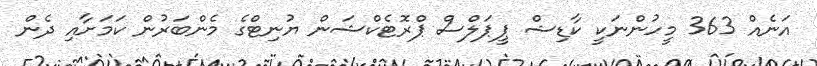
އަނެއް 363 މީހުންނަކީ ކާޑިޝް ޕީޕަލްސް ޕްރޮޓެކްޝަން ޔުނިޓްގެ މެންބަރުން ކަމަށާއި ދެން